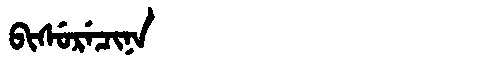
Manchu: ᠪᡳᠰᡠᡵᡝᠴᡳᠨᠠ
Romanization: BISURECINA